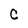
Character: C